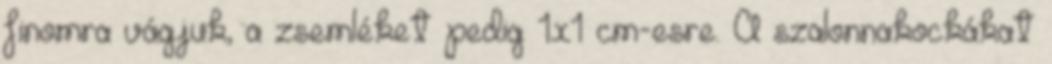
finomra vágjuk, a zsemléket pedig 1x1 cm-esre. A szalonnakockákat